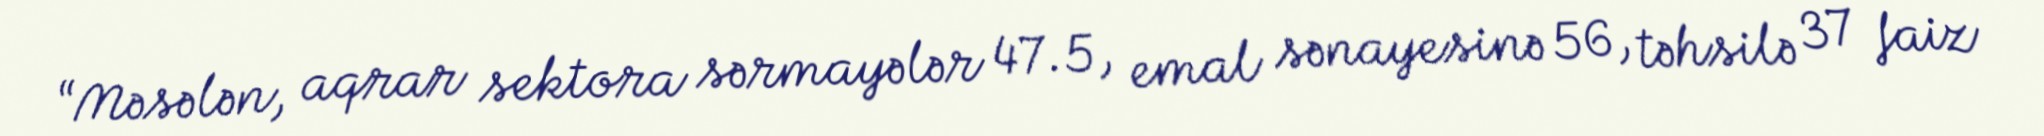
“Məsələn, aqrar sektora sərmayələr 47.5, emal sənayesinə 56, təhsilə 37 faiz